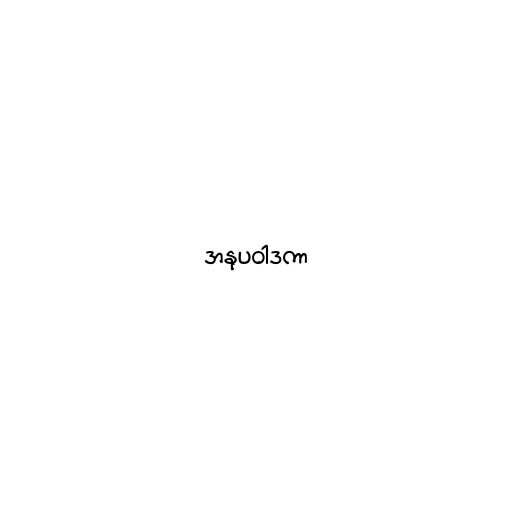
အနုပဝါဒကာ